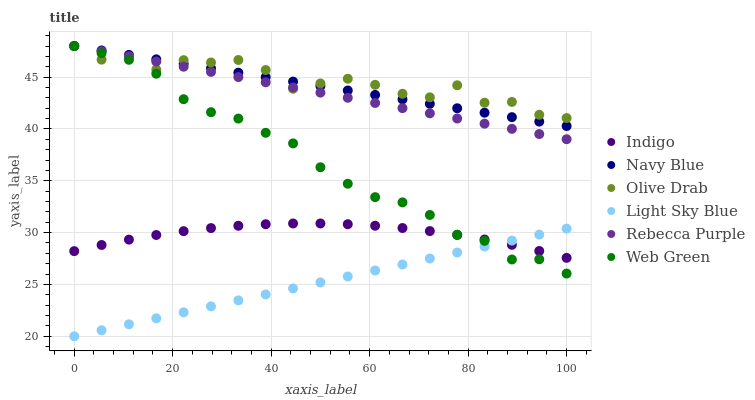
| xaxis_label | Indigo | Navy Blue | Olive Drab | Light Sky Blue | Rebecca Purple | Web Green |
 | --- | --- | --- | --- | --- | --- | --- |
 | 0 | 28.2 | 48 | 48 | 20 | 48 | 48 |
 | 5.56 | 28.8 | 47.6 | 46.7 | 20.6 | 47.5 | 47.3 |
 | 11.1 | 29.3 | 47.1 | 47 | 21.2 | 47 | 46.7 |
 | 16.7 | 29.8 | 46.7 | 45.7 | 21.7 | 46.5 | 45.3 |
 | 22.2 | 30.1 | 46.3 | 46.6 | 22.3 | 46 | 42.9 |
 | 27.8 | 30.4 | 45.9 | 46.4 | 22.9 | 45.5 | 41.6 |
 | 33.3 | 30.7 | 45.4 | 46.7 | 23.5 | 45 | 41 |
 | 38.9 | 30.8 | 45 | 45.7 | 24 | 44.5 | 39.6 |
 | 44.4 | 30.9 | 44.6 | 43.9 | 24.6 | 44 | 38.6 |
 | 50 | 30.9 | 44.1 | 44.4 | 25.2 | 43.5 | 36.3 |
 | 55.6 | 30.8 | 43.7 | 44.8 | 25.8 | 43 | 34.7 |
 | 61.1 | 30.7 | 43.3 | 44.3 | 26.3 | 42.5 | 33.4 |
 | 66.7 | 30.4 | 42.9 | 43.4 | 26.9 | 42 | 32.9 |
 | 72.2 | 30.1 | 42.4 | 43.1 | 27.5 | 41.5 | 31.7 |
 | 77.8 | 29.8 | 42 | 44.2 | 28.1 | 41 | 29.8 |
 | 83.3 | 29.3 | 41.6 | 42.5 | 28.7 | 40.5 | 29.2 |
 | 88.9 | 28.8 | 41.1 | 42.6 | 29.2 | 40 | 27.4 |
 | 94.4 | 28.2 | 40.7 | 41.4 | 29.8 | 39.5 | 27.4 |
 | 100 | 27.6 | 40.3 | 41 | 30.4 | 39 | 26 |